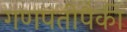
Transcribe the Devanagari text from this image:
गणपतीपैकी